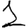
Digit: 1